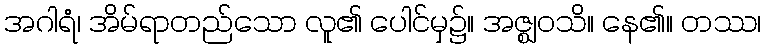
အဂါရံ၊ အိမ်ရာတည်သော လူ၏ ပေါင်မှ၌။ အဇ္ဈဝသိ။ နေ၏။ တဿ၊